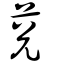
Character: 莌